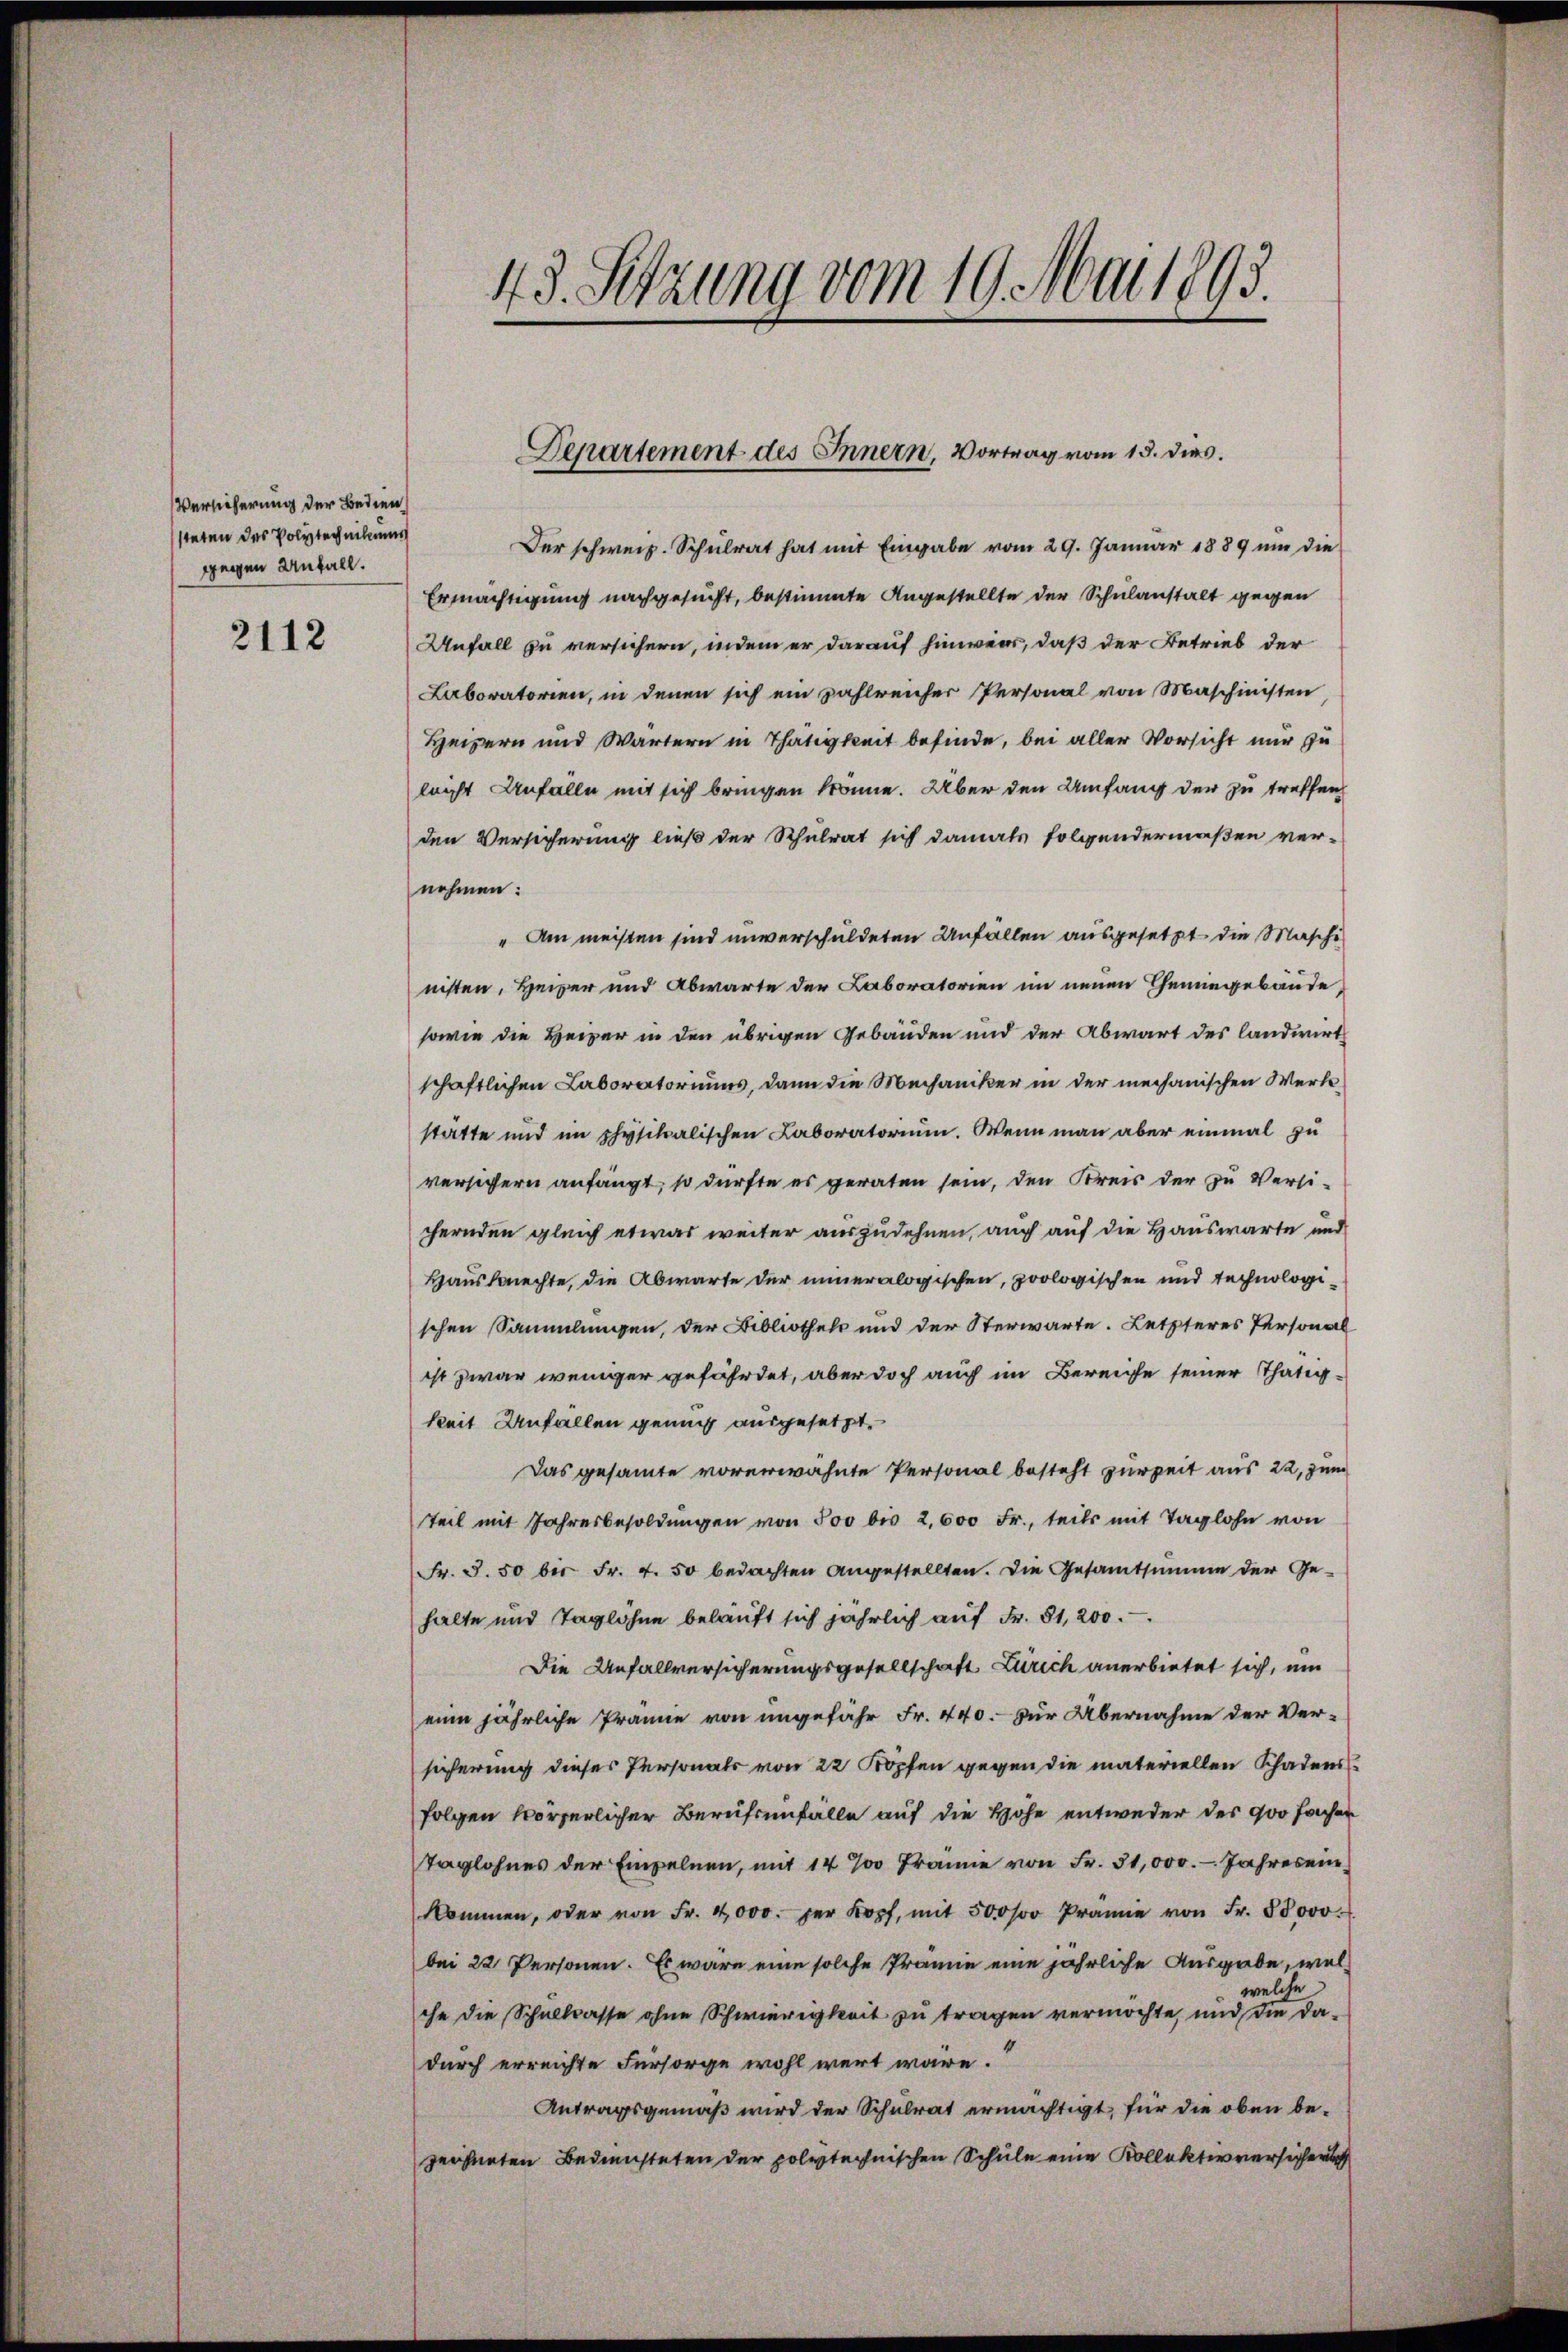
Versicherung der Bedien
steten des Polytechnikums
gegen Anfall.

2112

Der schweiz. Schulrat hat mit Eingabe vom 29. Januar 1889 um die
Ermächtigung nachgesucht, bestimmte Angestellte der Schulanstalt gegen
Unfall zu versichern, indem er darauf hinweis, daß der Betrieb der
Laboratorien, in denen sich ein zahlreicher Personal von Maschinisten
Heizern und Wärtern in Thätigkeit befinde, bei aller Vorsicht nur zu
leicht Unfalle mit sich bringen könne. Über den Umfang der zu treffen
den Versicherung ließ der Schulrat sich damals folgendermaßen ver-
nehmen:
" Am meisten sind unverschuldeten Unfällen ausgesetzt die Maschi
nisten, Heizer und Abwarte der Laboratorien im neuen Tennegebäude
sowie die Heizer in den übrigen Gebäuden und der Abwart des landwirtschaftlichen Laboratoriums, dann die Mechaniker in der mechanischen Werksstatte und im physikalischen Laboratorium. Wenn man aber einmal zu
versichern anfängt, so dürfte es geraten sein, den Kreis der zu Versi-
chernden gleich etwas weiter auszudehnen, auch auf die Hauswarte und
Hausknechte, die Abwarte der inneralogischen, zoologischen und technologischen Sammlungen, der Bibliothek und der Sterwarte. Letzteres Personal
ist zwar weniger gefährdet, aber doch auch im Bereiche seiner Thätigkeit Unfällen genug ausgesetzt.
Das gesammte vorerwähnte Personal besteht zur Zeit aus 22, zum
Teil mit Jahresbesoldungen von 500 bis 2,600 Fr., teils mit Taglohn von
Fr. 3. 50 bis Fr. 4. 50 bedachten angestellten. Die Gesamtsumme der Ge-
halte und Taglöhne belauft sich jährlich auf Fr. 81, 200.
Die Unfallversicherungsgesellschaft Zürich anerbietet sich, um
eine jährliche Prämie von ungefähr Fr. 440.- für Übernahme der Ver-
sicherung dieses Personats von 22 Köpfen gegen die materiellen Schadensfolgen körperlicher Berufsunfälle auf die Höhe entweder des 900 facher
Taglohnes der Einzelnen, mit 14 % Franne von Fr. 31,000. - Jahresenkommen, oder von Fr. 4000. per Kopf, mit 500f Prämie von Fr. 88000.
bei 22 Personen. Es wäre eine solche Prämie eine jährliche Ausgabe, welwelche
che die Schullcasse ohne Schwierigkeit zu tragen vermöchte, und die dadurch erreichte Fürsorge wohl wert wäre.“
Antragsgemäß wird der Schulrat ermächtigt, für die oben bezeichneten Bediensteten der polytechnischen Schule eine Kollektivversicher

43. Setzung vom 19. Mai 1893.

Departement des Innern, Vortrag vom 15. dies.